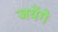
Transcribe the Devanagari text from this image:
जयेंगे